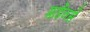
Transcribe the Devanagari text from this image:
गार्डेनर्स